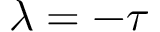
\lambda = - \tau